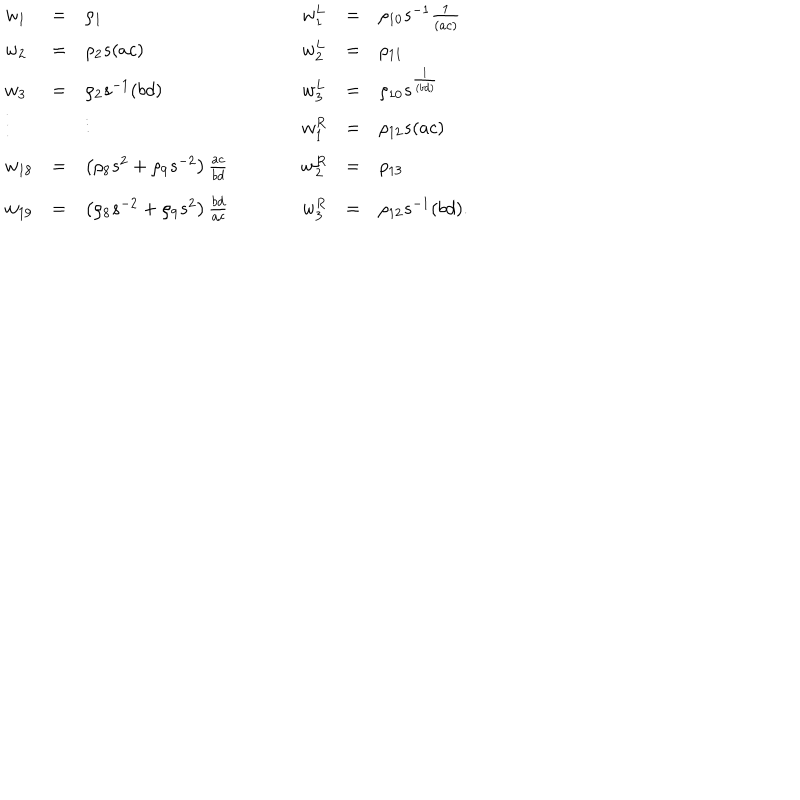
\begin{array} { l l l l l l l } { { w _ { 1 } } } & { { = } } & { { \rho _ { 1 } } } & { { } } & { { w _ { 1 } ^ { L } } } & { { = } } & { { \rho _ { 1 0 } s ^ { - 1 } \frac { 1 } { ( a c ) } \nonumber } } \\ { { w _ { 2 } } } & { { = } } & { { \rho _ { 2 } s ( a c ) } } & { { } } & { { w _ { 2 } ^ { L } } } & { { = } } & { { \rho _ { 1 1 } \nonumber } } \\ { { w _ { 3 } } } & { { = } } & { { \rho _ { 2 } s ^ { - 1 } ( b d ) } } & { { } } & { { w _ { 3 } ^ { L } } } & { { = } } & { { \rho _ { 1 0 } s ^ { \frac { 1 } { ( b d ) } } \nonumber } } \\ { { \vdots } } & { { } } & { { \vdots } } & { { } } & { { w _ { 1 } ^ { R } } } & { { = } } & { { \rho _ { 1 2 } s ( a c ) \nonumber } } \\ { { w _ { 1 8 } } } & { { = } } & { { \left( \rho _ { 8 } s ^ { 2 } + \rho _ { 9 } s ^ { - 2 } \right) \frac { a c } { b d } } } & { { } } & { { w _ { 2 } ^ { R } } } & { { = } } & { { \rho _ { 1 3 } \nonumber } } \\ { { w _ { 1 9 } } } & { { = } } & { { \left( \rho _ { 8 } s ^ { - 2 } + \rho _ { 9 } s ^ { 2 } \right) \frac { b d } { a c } } } & { { } } & { { w _ { 3 } ^ { R } } } & { { = } } & { { \rho _ { 1 2 } s ^ { - 1 } ( b d ) . } } \\ \end{array}